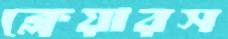
ক্লেয়ারস